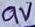
Text: 9V